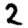
Digit: 2